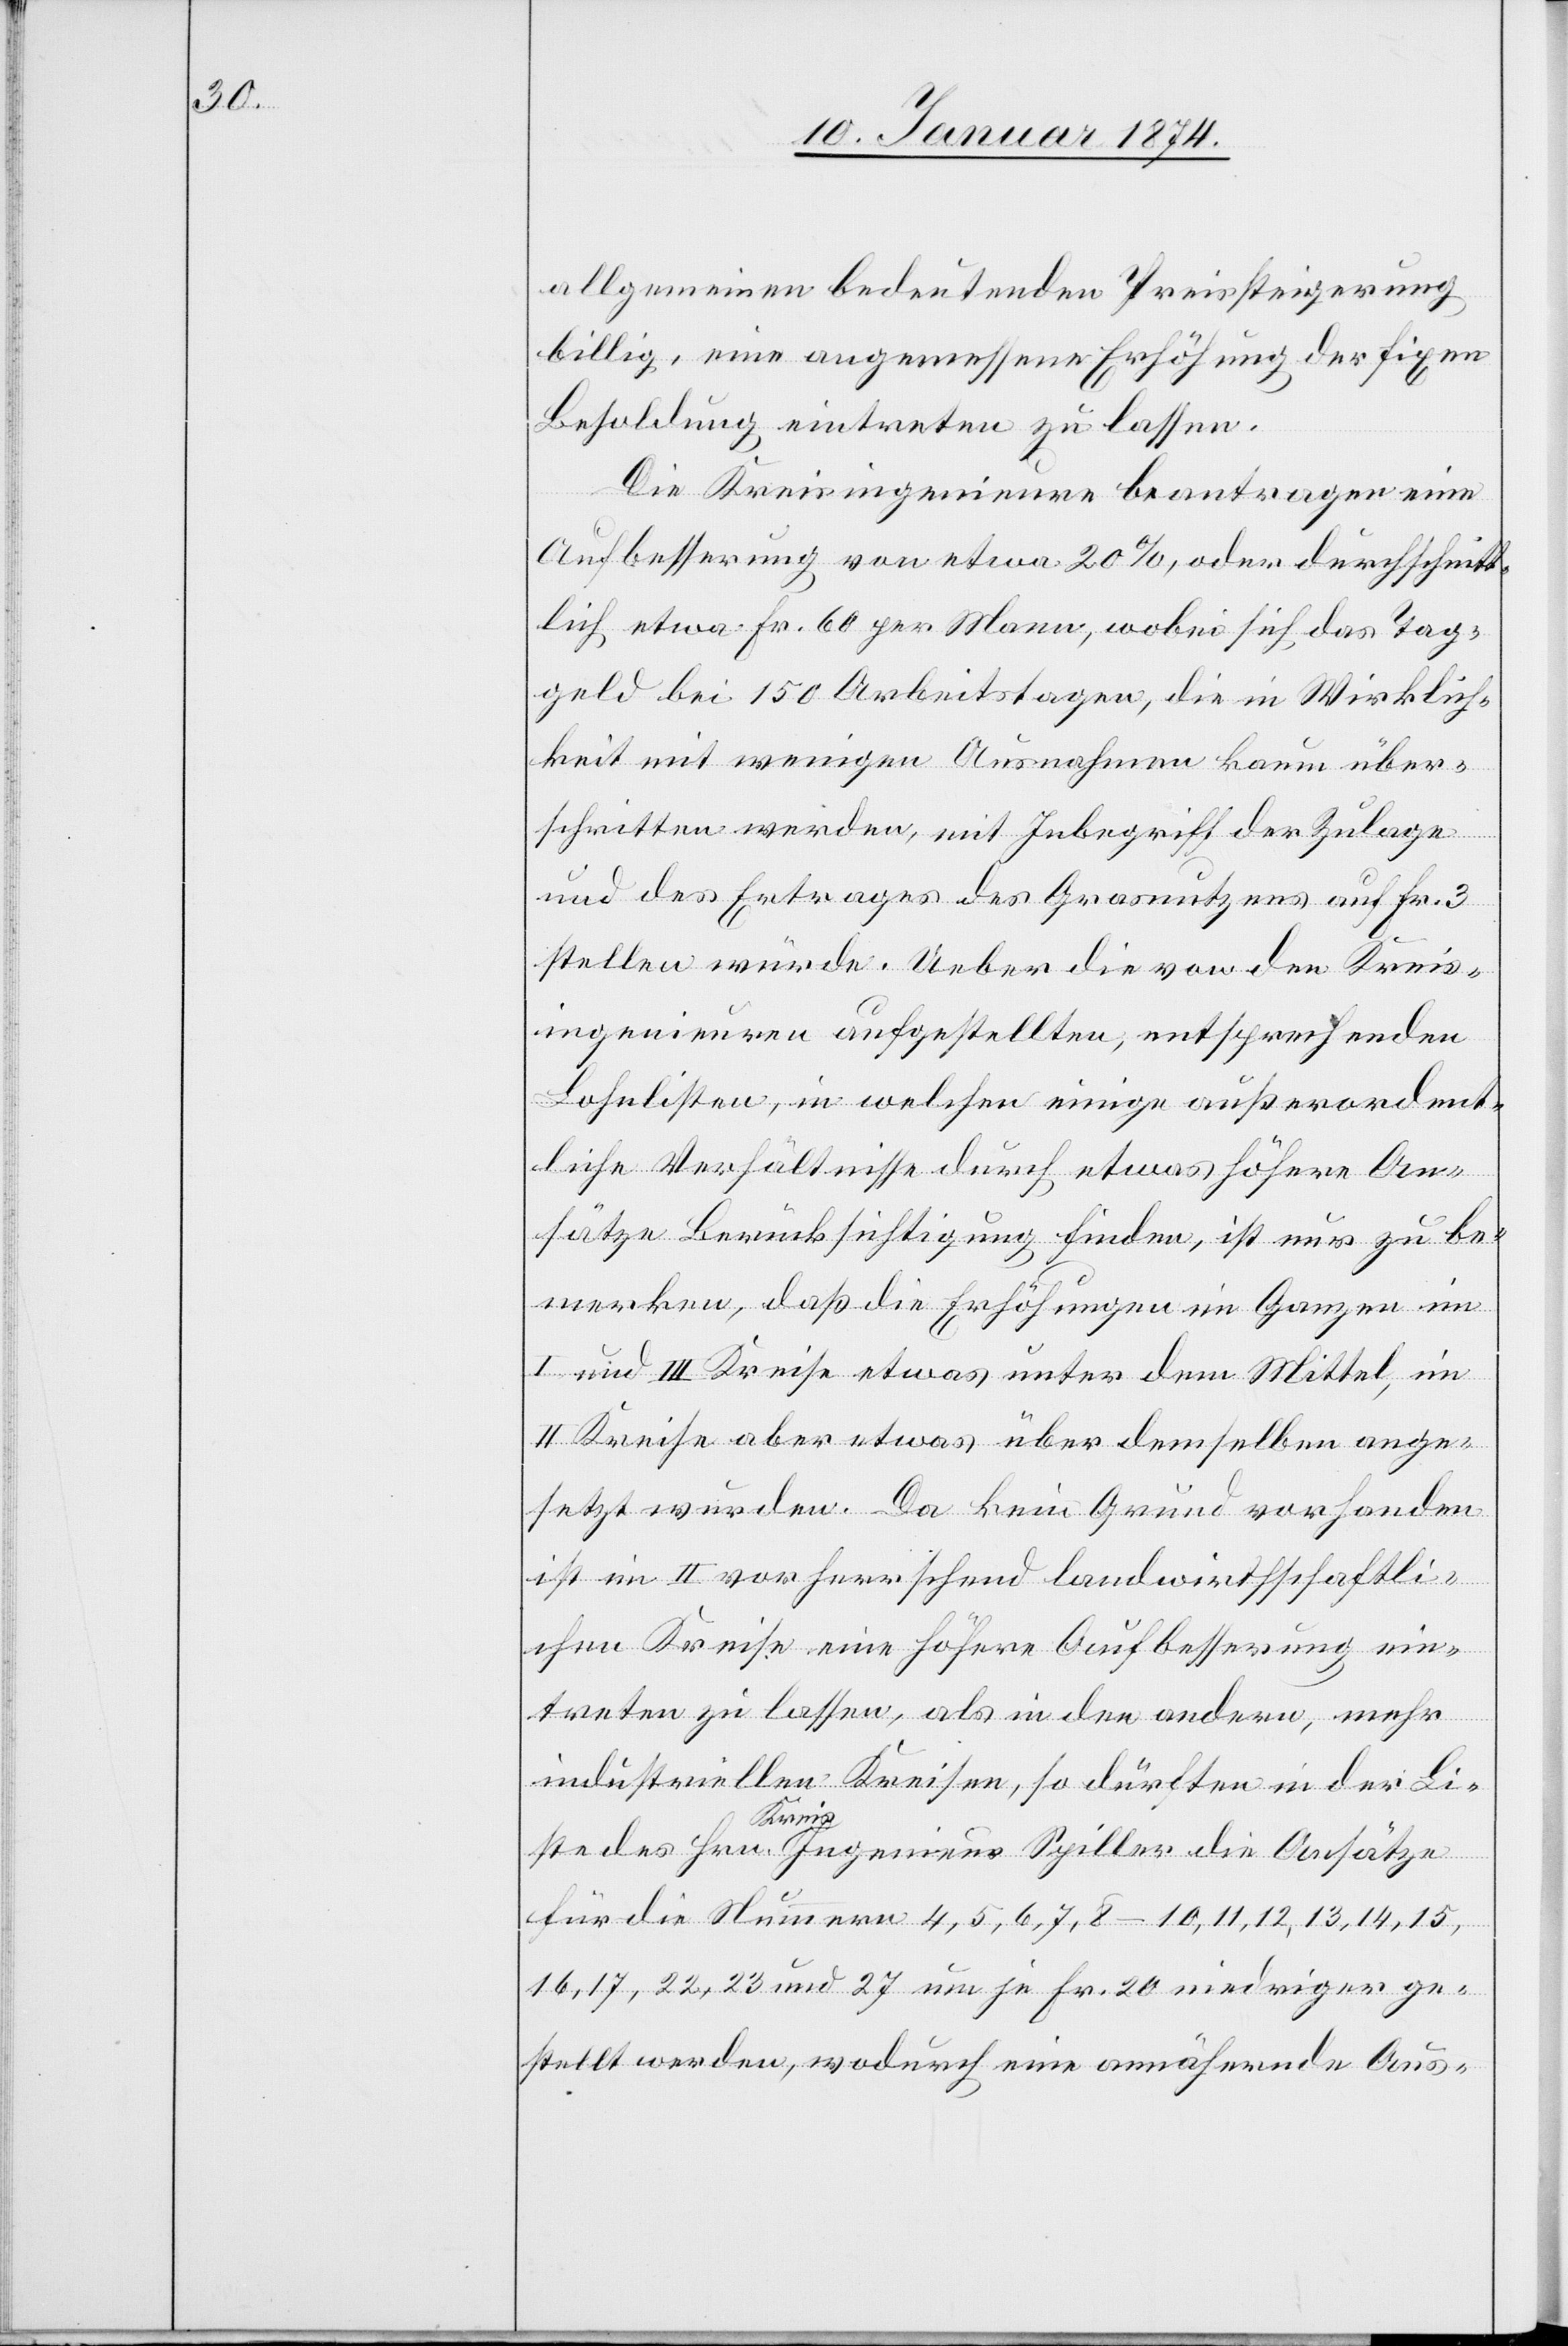
allgemeinen bedeutenden Preissteigerung
billig, eine angemessene Erhöhung der fixen
Besoldung eintreten zu lassen.
Die Kreisingenieure beantragen eine
Aufbesserung von etwa 20%, oder durchschnitt¬
lich etwa Fr. 60 per Mann, wobei sich das Tag¬
geld bei 150 Arbeitstagen, die in Wirklich¬
keit mit einigen Ausnahmen kaum über¬
schritten werden, mit Inbegriff der Zulage
und des Ertrages des Grosnutzens auf Fr. 3
stellen würde. Ueber die von den Kreis¬
ingenieuren aufgestellten, entsprechenden
Lohnlisten, in welcher einige außerordent¬
liche Verhältnisse durch etwas höhere An¬
sätze Berücksichtigung finden, ist nur zu be¬
merken, daß die Erhöhungen im Ganzen in
I und III Kreise etwas unter dem Mittel, in
II Kreise aber etwas über demselben ange¬
setzt würden. Da kein Grund vorhanden
ist in II vorherrschend landwirthschaftli¬
chen Kreise[n] eine höhere Aufbesserung ein¬
treten zu lassen, als in den andern, mehr
industriellen Kreisen, so dürften in der Li¬
ste des Hrn. Kreisingenieurs Spiller die Ansätze
für die Nummern 4, 5, 6, 7, 8–10, 11, 12, 13, 14, 15,
16, 17, 22, 23 und 27 um je Fr. 20 niedriger ge¬
stellt werden, wodurch eine annähernde Aus-